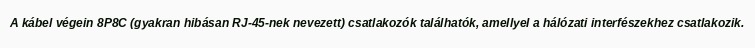
A kábel végein 8P8C (gyakran hibásan RJ-45-nek nevezett) csatlakozók találhatók, amellyel a hálózati interfészekhez csatlakozik.